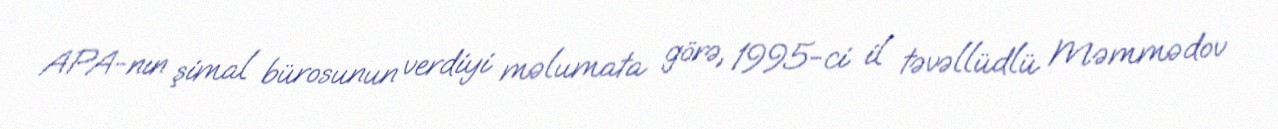
APA-nın şimal bürosunun verdiyi məlumata görə, 1995-ci il təvəllüdlü Məmmədov